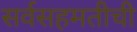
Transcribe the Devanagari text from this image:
सर्वसहमतीची